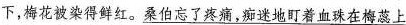
下，梅花被染得鲜红。\underline{桑伯忘了疼痛，痴迷地盯着血珠在梅蕊上}